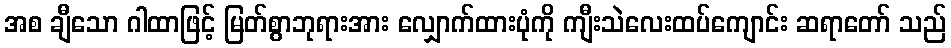
အစ ချီသော ဂါထာဖြင့် မြတ်စွာဘုရားအား လျှောက်ထားပုံကို ကျီးသဲလေးထပ်ကျောင်း ဆရာတော် သည်